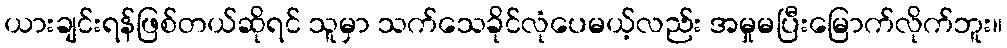
ယားချင်းရန်ဖြစ်တယ်ဆိုရင် သူမှာ သက်သေခိုင်လုံပေမယ့်လည်း အမှုမပြီးမြောက်လိုက်ဘူး။